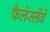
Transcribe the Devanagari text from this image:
फैलेर्स्लेबें